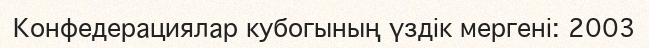
Конфедерациялар кубогының үздік мергені: 2003